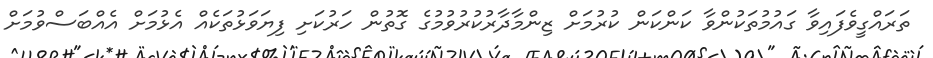
ތަރައްގީވެފައިވާ ގައުމުތަކުންވާ ކަންކަން ކުރުމަށް ޒިންމާދާރުކުރުވުމުގެ ގޮތުން ހަރުކަށި ފިޔަވަޅުތަކެއް އެޅުމަށް އެއްބަސްވުމަށް